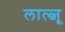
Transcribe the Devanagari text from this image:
लात्व्जू